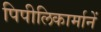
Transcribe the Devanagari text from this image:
पिपीलिकार्मानें